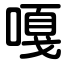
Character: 嘎